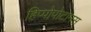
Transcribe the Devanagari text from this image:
हिप्पोपोटामस